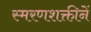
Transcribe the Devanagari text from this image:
स्मरणशक्तीनें